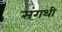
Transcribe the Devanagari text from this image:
संगथी